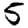
Digit: 5